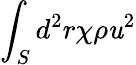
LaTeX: \int_{S}d^{2}r\chi\rho\mathit{u}^{2}